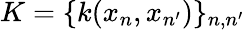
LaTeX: K=\{ k(x_{n},x_{n^{\prime}})\} _{n,n^{\prime}}